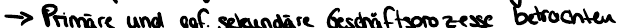
-> Primäre und ggf. sekundäre Geschäftsprozesse betrachten